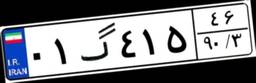
۰۱گ۴۱۵۴۶